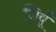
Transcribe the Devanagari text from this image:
जियूँ